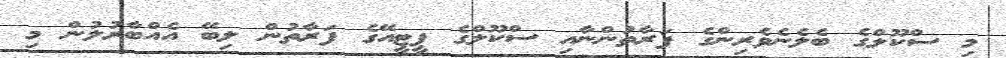
މި ސްކޫލްގެ ބެލެނެވެރިންގެ ފަރާތުންނާއި ސްކޫލްގެ ޕީޓީއޭގެ ފަރާތުން ލިބޭ އެއްބާރުލުން މި